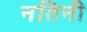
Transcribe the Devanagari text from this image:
नतिनी